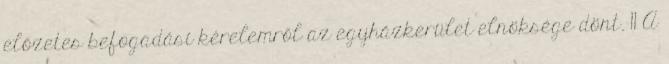
előzetes befogadási kérelemről az egyházkerület elnöksége dönt. 11 A